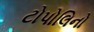
ટોપોલિનો